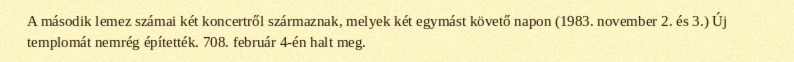
A második lemez számai két koncertről származnak, melyek két egymást követő napon (1983. november 2. és 3.) Új templomát nemrég építették. 708. február 4-én halt meg.